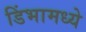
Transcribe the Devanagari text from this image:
डिंभामध्ये